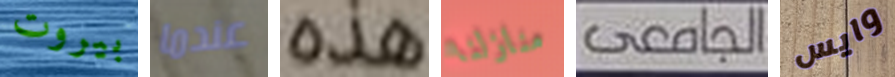
بيروت عندما هذه منازلنا الجامعى وايس